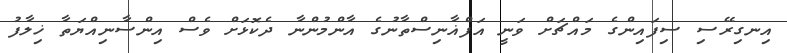
އިނގިރޭސި ސިފައިންގެ މައްޗަށް ވަނީ އަފްޣާނިސްތާނުގެ އާންމުންނާ ދެކޮޅަށް ވެސް އިންސާނިއްޔަތާ ޚިލާފު